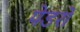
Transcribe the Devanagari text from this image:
पेडरो